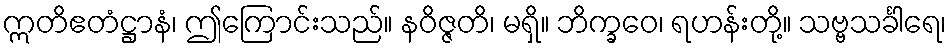
ဣတိဧတံဋ္ဌာနံ၊ ဤကြောင်းသည်။ နဝိဇ္ဇတိ၊ မရှိ။ ဘိက္ခဝေ၊ ရဟန်းတို့။ သဗ္ဗသင်္ခါရေ၊